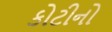
કોટીનો